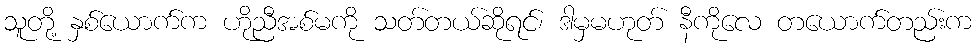
သူတို့ နှစ်ယောက်က ဟိုညီအစ်မကို သတ်တယ်ဆိုရင်၊ ဒါမှမဟုတ် နီကိုလေ တယောက်တည်းက